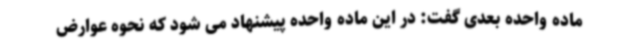
ماده واحده بعدی گفت: در این ماده واحده پیشنهاد می شود که نحوه عوارض